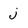
Character: j